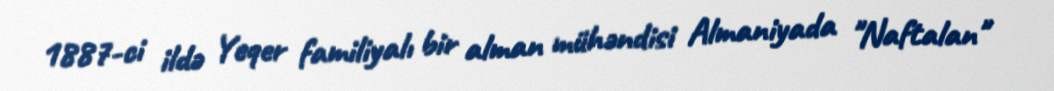
1887-ci ildə Yeqer familiyalı bir alman mühəndisi Almaniyada "Naftalan"